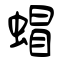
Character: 蝐